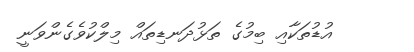
އުޑުތަކާއި ބިމުގެ ތަޅުދަނޑިތައް މިލްކުވެގެންވަނީ